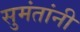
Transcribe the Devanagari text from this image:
सुमंतांनी